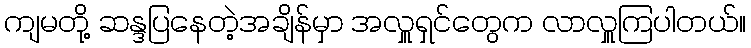
ကျမတို့ ဆန္ဒပြနေတဲ့အချိန်မှာ အလှူရှင်တွေက လာလှူကြပါတယ်။